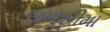
જળસીમા